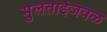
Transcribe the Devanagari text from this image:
मुलताईजवळ